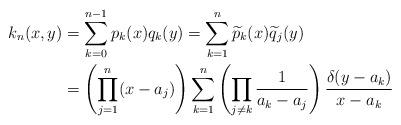
LaTeX: \begin{align*} k_n(x,y) & = \sum_{k=0}^{n-1} p_k(x) q_k(y) = \sum_{k=1}^n \widetilde{p}_k(x) \widetilde{q}_j(y) \\& = \left( \prod_{j=1}^n (x-a_j) \right) \sum_{k=1}^n \left( \prod_{j \neq k} \frac{1}{a_k-a_j} \right)\frac{\delta(y-a_k)}{x-a_k} \end{align*}